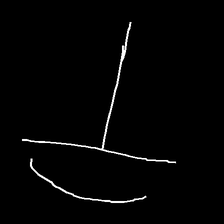
Glyph: dispersion